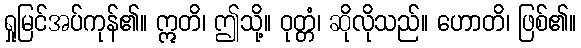
ရှုမြင်အပ်ကုန်၏။ ဣတိ၊ ဤသို့။ ဝုတ္တံ၊ ဆိုလိုသည်။ ဟောတိ၊ ဖြစ်၏။